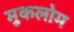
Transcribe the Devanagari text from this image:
मुकलोम